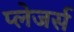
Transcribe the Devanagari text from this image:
प्लेजर्स